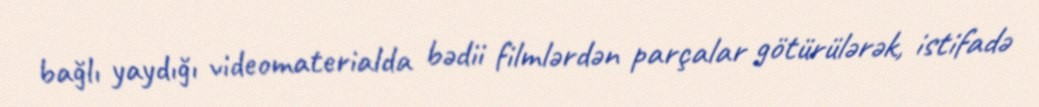
bağlı yaydığı videomaterialda bədii filmlərdən parçalar götürülərək, istifadə